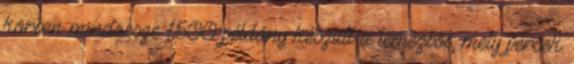
körben mindössze 1500 példány készült a lemezből, mely percek